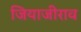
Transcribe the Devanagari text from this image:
जियाजीराव